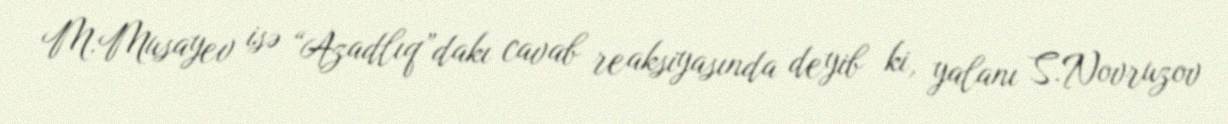
M.Musayev isə “Azadlıq”dakı cavab reaksiyasında deyib ki, yalanı S.Novruzov